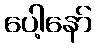
ပေါ့နော်